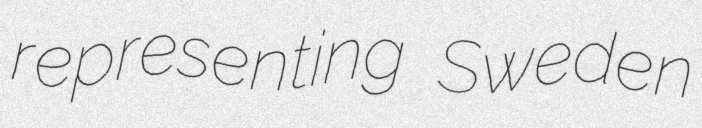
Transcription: representing Sweden